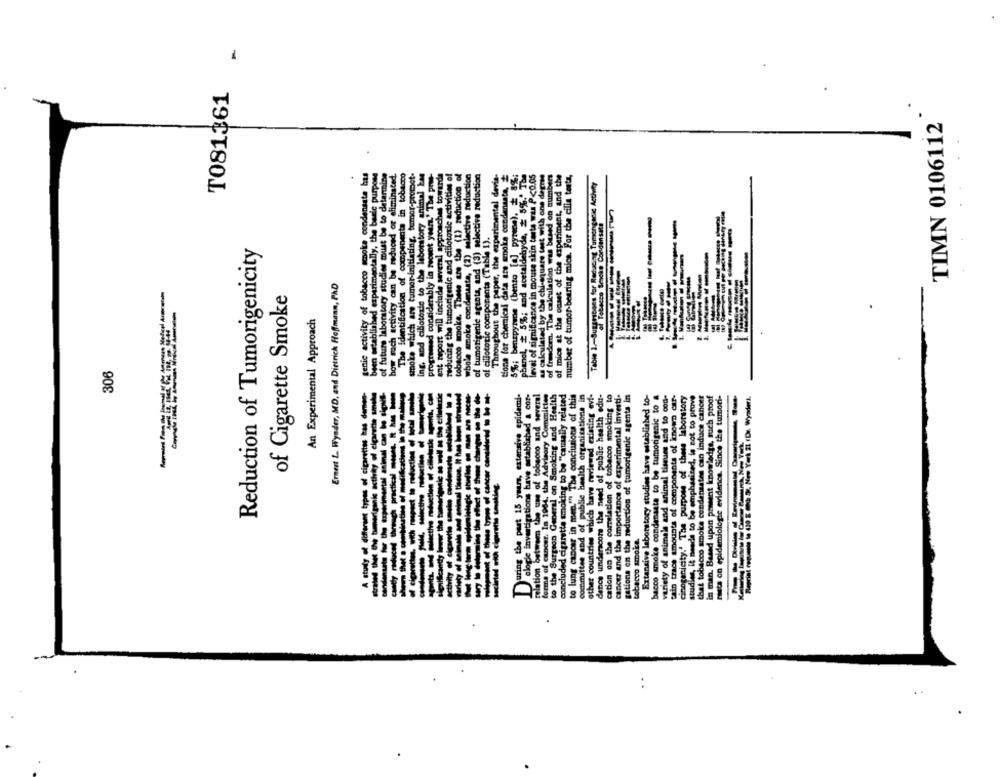
T081361
TIMN 0106112
genic activity of tobacco smoke condensate hus
thed experimentally, the basic purpose
of future laboratory studies must be to determine
how sach activity can be reduced or eliminated.
The Identification of compenenta in tobacco
smoke which are tumor-initiating, tumor-promot.
ing, and cilloterie to the laboratory animal kan
progressed considerably in recent your." The pot-
ant report will include several approaches towardh
reducing the tumorigenic and cillotorie activities of
tobacco smoke. These are the (1) reduction of
whole amoie condensata, (2) selective reduction
of tumorigenle agents, and (3) selective reduction
Throughout the paper, the experimental devia-
tiona for chemical data are smoke condenasta,
5%; benzpyrene (benzo [a] pyrene), # 8%;
phenol, + 5%; and acetaldebyde, # 5%.' The
levai of significance in mouse skin tosta wus P<0.05
as calculated by the chi-square test with one degree
of freedom. The calculation was based on numbers
of mice at the onset of the experiment, and the
number of tumor-bearing mica. For the cilla tests,
Table 1./Sugarsbons for Reducing Turnenganas Activity
of Tobacco Srocke Condensate
of cillototic componenta (Table 1).
Reduction of Tumorigenicity
Emmet L Wynder, MD, and Dirtrick Hoffmann, PAD
of Cigarette Smoke
been established
An Experimental Approach
306
A study of different types of cigarettes kas damen-
nate for the experimental animal can be sigpuis
aduction of cilletaske agents, con
nifcantty lower the tumverigenic as well as the eitleladie
animal tissue. It has been stressed
uring the part 15 years, extensive epidemi-
alogic investigations have established & cor-
relation between the use of tobacco and several
forma of cancer. In 1964, the Advisory Committee
to the Surgeon General on Smoking and Health
concluded cigarette smoking to be "canally related
to lung cancer in men." The conclusions of this
committee end of public health organisatione in
other countries which have reviewed existing evi-
dence underscore the need of public health edu-
cation on the correlation of tobacco smoking to
cancer and the importance of experimental investi-
gations on the reduction of tumorigenic agents in
Extensive laboratory studies have established to-
bacco smoke condensata to be tumorigenic to a
variety of animals and animal tissues and to con-
tain trace amounts of components of known car-
cinogenicity.' The purpose of these laboratory
studies, it needs to be emphasized, le sot to prove
that tobacco smoke condenastes can induce cancer
in man. Based upon present knowledge, such proof
rests on epidemiologic evidence. Since the tumori-
wiranis activity of cigarette smet
Reprint regumiss to 430 E doch 5, New York 21 (Dr. WyaderA.
weming the effect of
tobacco szoka.
.
..